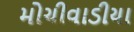
મોચીવાડીયા